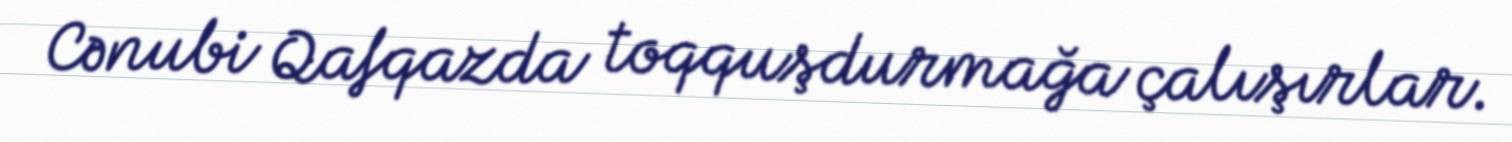
Cənubi Qafqazda toqquşdurmağa çalışırlar.